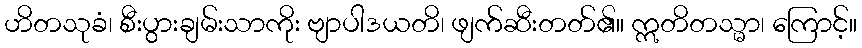
ဟိတသုခံ၊ စီးပွားချမ်းသာကိုး ဗျာပါဒယတိ၊ ဖျက်ဆီးတတ်၏။ ဣတိတသ္မာ၊ ကြောင့်။